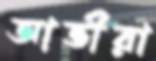
আভীরা